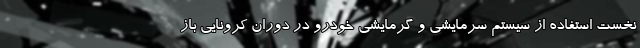
نخست استفاده از سیستم سرمایشی و گرمایشی خودرو در دوران کرونایی باز